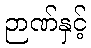
ဉာဏ်နှင့်